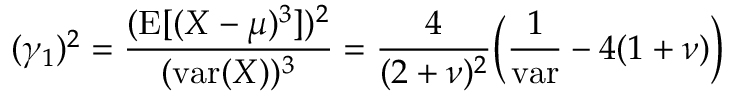
( \gamma _ { 1 } ) ^ { 2 } = { \frac { ( \operatorname { E } [ ( X - \mu ) ^ { 3 } ] ) ^ { 2 } } { ( \operatorname { v a r } ( X ) ) ^ { 3 } } } = { \frac { 4 } { ( 2 + \nu ) ^ { 2 } } } { \bigg ( } { \frac { 1 } { \mathrm { v a r } } } - 4 ( 1 + \nu ) { \bigg ) }